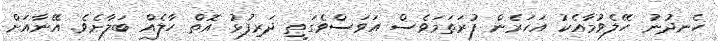
ހެނދުނު ހޭލެވުމާއެކު އަހަރެން ފުރަތަމަވެސް އަވަސްވެގަތީ ދަރިފުޅު އޮތް ހާލެއް ބަލާށެވެ. އޭނާއަށް